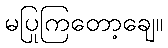
မပြုကြတော့ချေ။